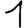
Digit: 1